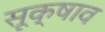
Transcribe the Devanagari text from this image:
सूक्षाव